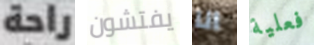
راحة يفتشون انا فعلية